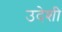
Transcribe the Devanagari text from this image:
उदेशी